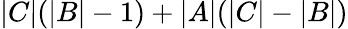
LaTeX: |C|(|B|-1)+|A|(|C|-|B|)